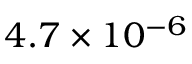
4 . 7 \times 1 0 ^ { - 6 }